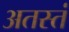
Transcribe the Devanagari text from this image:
अतस्तं